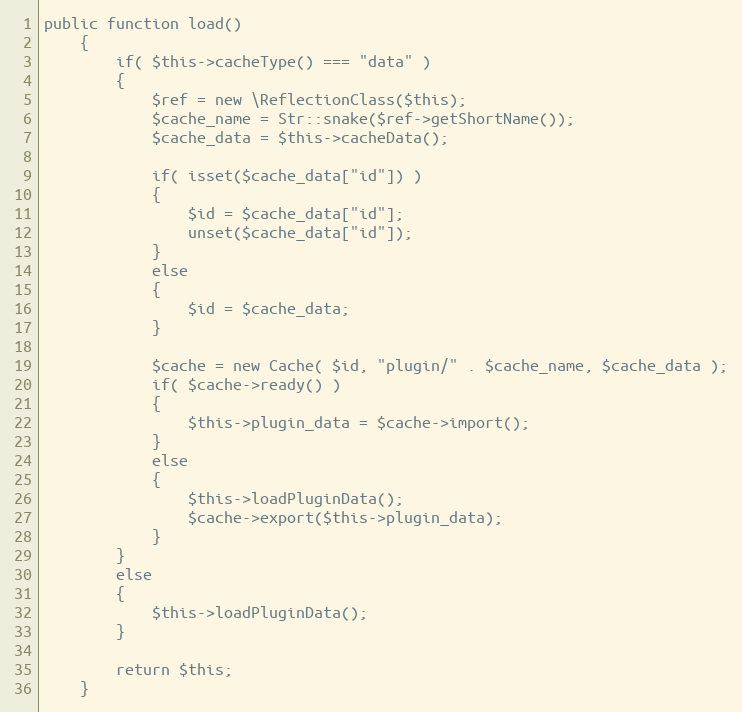
Language: PHP
public function load()
	{
		if( $this->cacheType() === "data" )
		{
			$ref = new \ReflectionClass($this);
			$cache_name = Str::snake($ref->getShortName());
			$cache_data = $this->cacheData();

			if( isset($cache_data["id"]) )
			{
				$id = $cache_data["id"];
				unset($cache_data["id"]);
			}
			else
			{
				$id = $cache_data;
			}

			$cache = new Cache( $id, "plugin/" . $cache_name, $cache_data );
			if( $cache->ready() )
			{
				$this->plugin_data = $cache->import();
			}
			else
			{
				$this->loadPluginData();
				$cache->export($this->plugin_data);
			}
		}
		else
		{
			$this->loadPluginData();
		}

		return $this;
	}